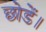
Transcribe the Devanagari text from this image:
छोडें।